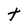
Character: t